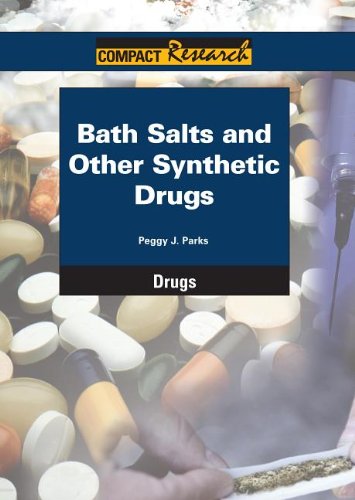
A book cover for Bath Salts and Other Synthetic Drugs (Compact Research Series); Peggy J. Parks; Teen & Young Adult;